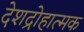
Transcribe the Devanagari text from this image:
देशद्रोहात्मक